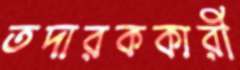
তদারককারী